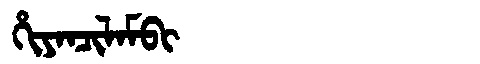
Manchu: ᡥᡳᠶᠠᠨᠴᡳᠯᠠᠮᠪᡳ
Romanization: HIYANCILAMBI